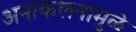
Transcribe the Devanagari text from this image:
अनाकलनामुळे